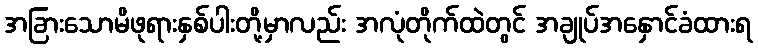
အခြားသောမိဖုရားနှစ်ပါးတို့မှာလည်း အလုံတိုက်ထဲတွင် အချုပ်အနှောင်ခံထားရ